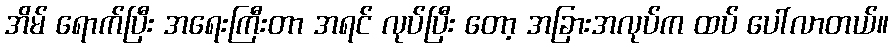
အိမ် ရောက်ပြီး အရေးကြီးတာ အရင် လုပ်ပြီး တော့ အခြားအလုပ်က ထပ် ပေါ်လာတယ်။